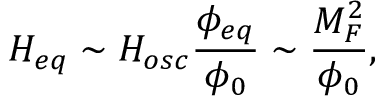
H _ { e q } \sim H _ { o s c } \frac { \phi _ { e q } } { \phi _ { 0 } } \sim \frac { M _ { F } ^ { 2 } } { \phi _ { 0 } } ,